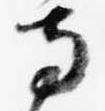
寺